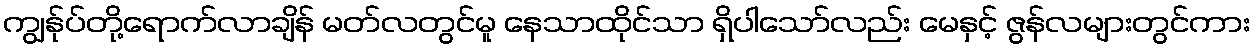
ကျွန်ုပ်တို့ရောက်လာချိန် မတ်လတွင်မူ နေသာထိုင်သာ ရှိပါသော်လည်း မေနှင့် ဇွန်လများတွင်ကား